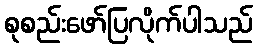
စုစည်းဖော်ပြလိုက်ပါသည်